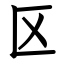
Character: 区